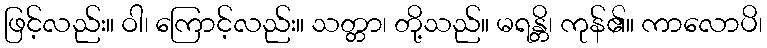
ဖြင့်လည်း။ ဝါ၊ ကြောင့်လည်း။ သတ္တာ၊ တို့သည်။ မရန္တိ၊ ကုန်၏။ ကာလောပိ၊